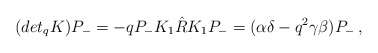
\begin{align*}(det_{q} K) P_{-} = -q P_{-} K_{1} \hat{R} K_{1} P_{-} = (\alpha \delta -q^{2} \gamma \beta ) P_{-}\,,\end{align*}